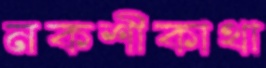
নকশীকাথা